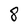
Character: 8